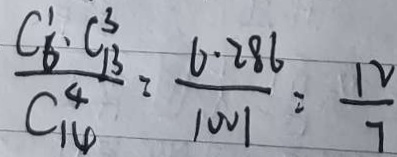
\frac { C ^ { 1 } _ { 6 \cdot C ^ { 3 } _ { 1 3 } } } { C ^ { 4 } _ { 1 4 } } = \frac { 6 . 2 8 6 } { 1 0 0 1 } = \frac { 1 2 } { 7 }